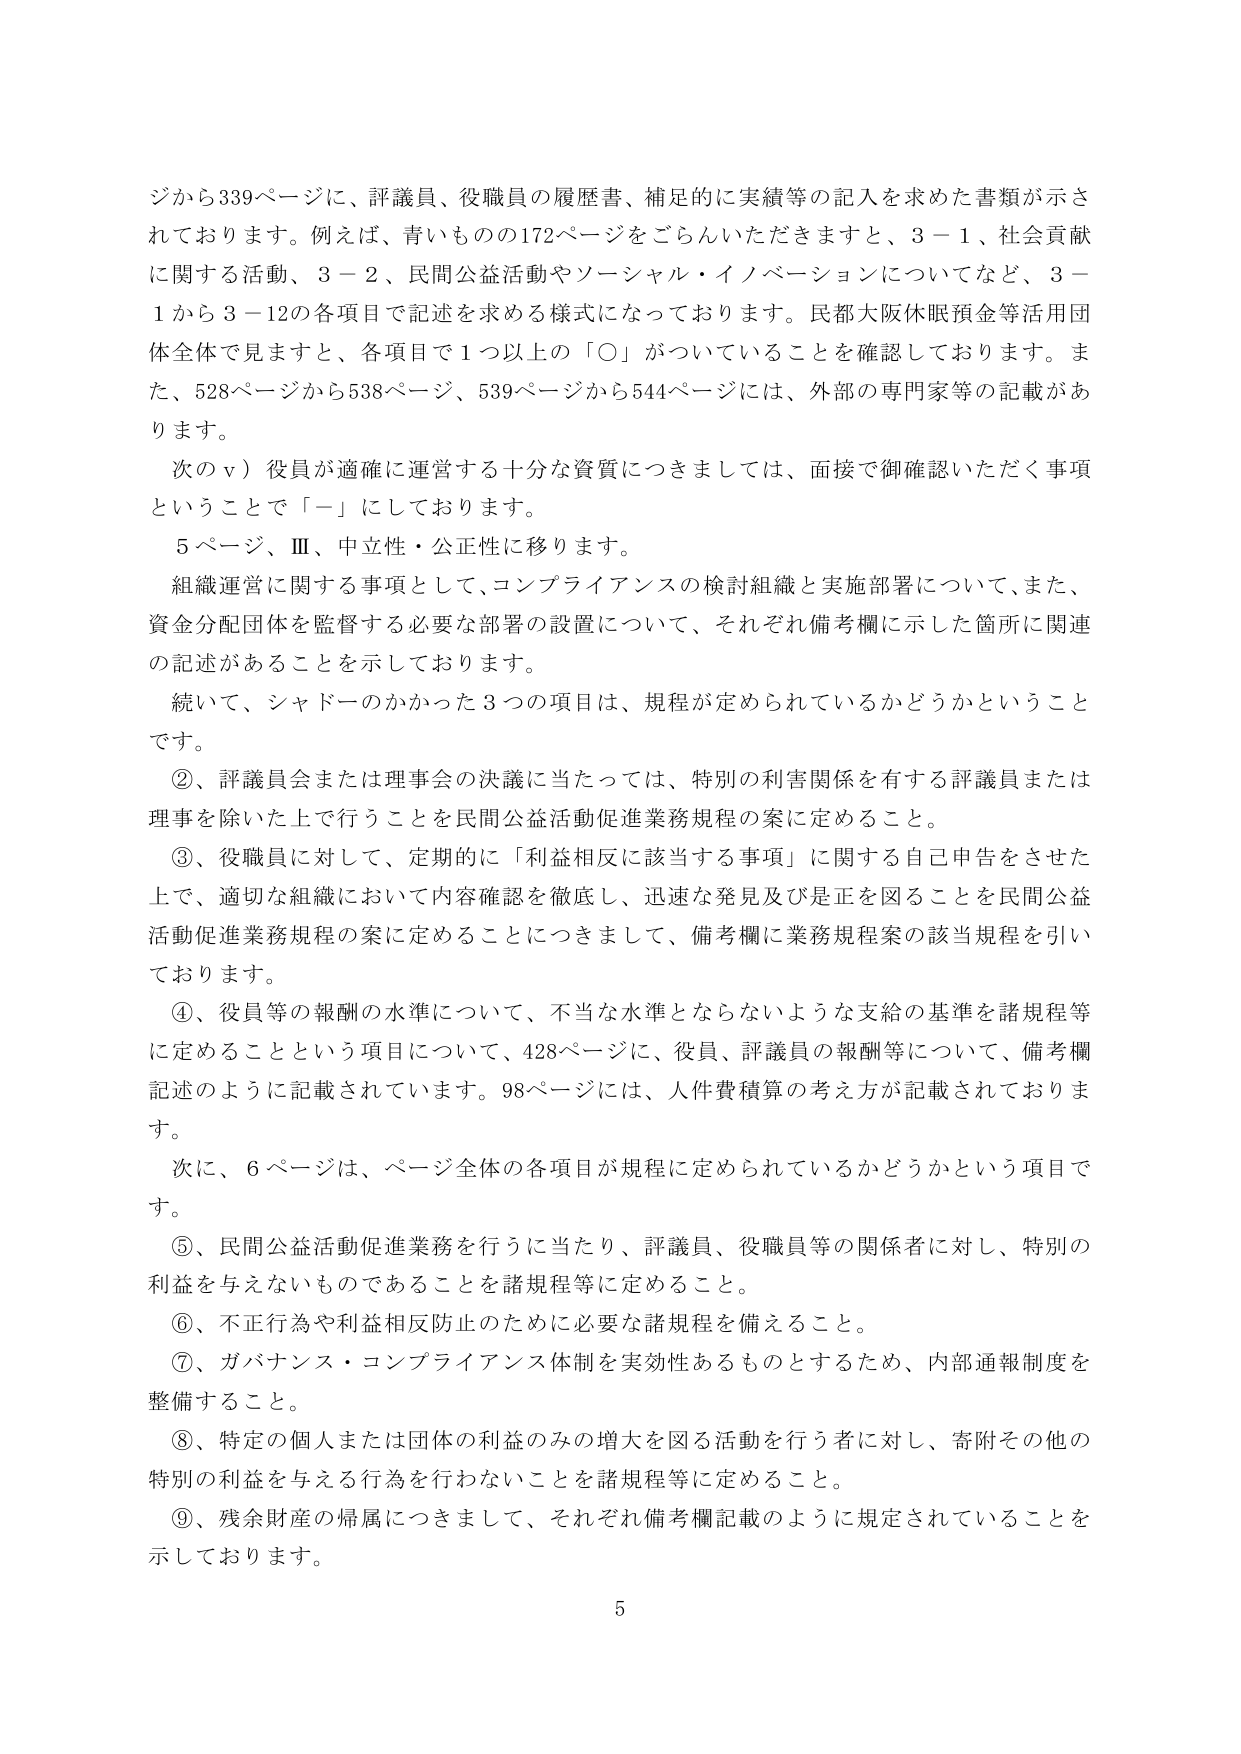
ジから339ページに、評議員、役職員の履歴書、補足的に実績等の記入を求めた書類が示されております。例えば、青いものの172ページをごらんいただきますと、3－1、社会貢献に関する活動、3－2、民間公益活動やソーシャル・イノベーションについてなど、3－1から3－12の各項目で記述を求める様式になっております。民都大阪休眠預金等活用団体全体で見ますと、各項目で1つ以上の「〇」がついていることを確認しております。また、528ページから538ページ、539ページから544ページには、外部の専門家等の記載があります。

次のⅴ）役員が適確に運営する十分な資質につきましては、面接で御確認いただく事項ということで「－」にしております。

5ページ、Ⅲ、中立性・公正性に移ります。

組織運営に関する事項として、コンプライアンスの検討組織と実施部署について、また、資金分配団体を監督する必要な部署の設置について、それぞれ備考欄に示した箇所に関連の記述があることを示しております。

続いて、シャドーのかかった3つの項目は、規程が定められているかどうかということです。

②、評議員会または理事会の決議に当たっては、特別の利害関係を有する評議員または理事を除いた上で行うことを民間公益活動促進業務規程の案に定めること。

③、役職員に対して、定期的に「利益相反に該当する事項」に関する自己申告をさせた上で、適切な組織において内容確認を徹底し、迅速な発見及び是正を図ることを民間公益活動促進業務規程の案に定めることにつきまして、備考欄に業務規程案の該当規程を引いております。

④、役員等の報酬の水準について、不当な水準とならないような支給の基準を諸規程等に定めることという項目について、428ページに、役員、評議員の報酬等について、備考欄記述のように記載されています。98ページには、人件費積算の考え方が記載されております。

次に、6ページは、ページ全体の各項目が規程に定められているかどうかという項目です。

⑤、民間公益活動促進業務を行うに当たり、評議員、役職員等の関係者に対し、特別の利益を与えないものであることを諸規程等に定めること。

⑥、不正行為や利益相反防止のために必要な諸規程を備えること。

⑦、ガバナンス・コンプライアンス体制を実効性あるものとするため、内部通報制度を整備すること。

⑧、特定の個人または団体の利益のみの増大を図る活動を行う者に対し、寄附その他の特別の利益を与える行為を行わないことを諸規程等に定めること。

⑨、残余財産の帰属につきまして、それぞれ備考欄記載のように規定されていることを示しております。

5